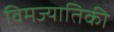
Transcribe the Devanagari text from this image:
विमज्यातिकी